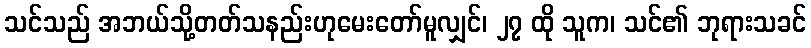
သင်သည် အဘယ်သို့တတ်သနည်းဟုမေးတော်မူလျှင်၊ ၂၇ ထို သူက၊ သင်၏ ဘုရားသခင်